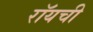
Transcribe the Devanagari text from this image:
रॉयची